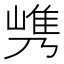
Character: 𰎯